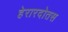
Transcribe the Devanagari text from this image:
हेरारदोतस